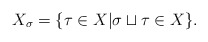
\begin{align*}X_\sigma= \{\tau \in X|\sigma \sqcup \tau \in X\}.\end{align*}